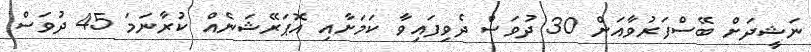
ނަޝީދަށް ބޭސްފަރުވާއަށް 30 ދުވަސް ދެވިފައިވާ ކަމަށާއި އޮޕަރޭޝަނެއް ކުރާނަމަ 45 ދުވަސް